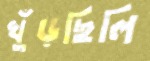
খুঁড়ছিলি